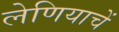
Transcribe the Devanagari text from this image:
लेणियाचें